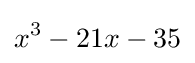
x^{3}-21x-35